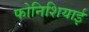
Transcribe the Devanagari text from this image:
फोनिशियाई